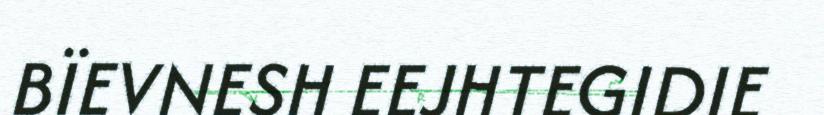
BÏEVNESH EEJHTEGIDIE